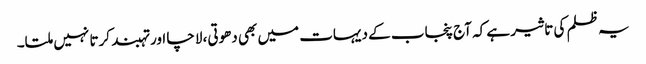
یہ ظلم کی تاثیر ہے کہ آج پنجاب کے دیہات میں بھی دھوتی، لاچا اور تہبند کرتا نہیں ملتا۔